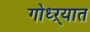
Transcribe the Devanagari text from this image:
गोध्ऱ्यात